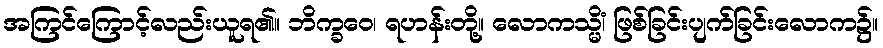
အကြင်ကြောင့်လည်းယူရ၏။ ဘိက္ခဝေ၊ ရဟန်းတို့။ လောကသ္မိံ၊ ဖြစ်ခြင်းပျက်ခြင်းလောက၌။